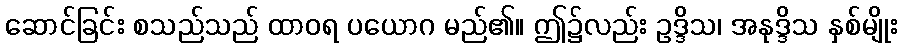
ဆောင်ခြင်း စသည်သည် ထာဝရ ပယောဂ မည်၏။ ဤ၌လည်း ဥဒ္ဒိသ၊ အနုဒ္ဒိသ နှစ်မျိုး